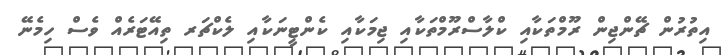
އިތުރުން ޗޭންޖިން ރޫމްތަކާއި ކްލާސްރޫމްތަކާއި ޖިމަކާއި ކެންޓީނަކާއި ލެކްޗަރ ތިއޭޓަރެއް ވެސް ހިމެނޭ